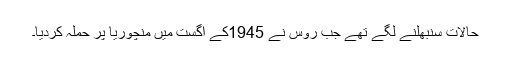
حالات سنبھلنے لگے تھے جب روس نے 1945کے اگست میں منچوریا پر حملہ کردیا۔